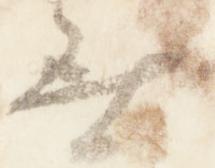
無